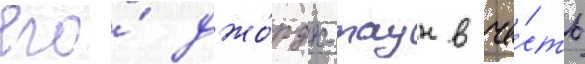
его́ джо́рдж-таун в че́сть